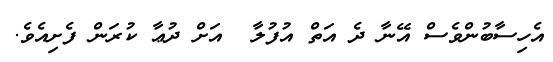
އެހިސާބުންވެސް އޭނާ ދެ އަތް އުފުލާ  އަށް ދުޢާ ކުރަން ފެށިއެވެ.